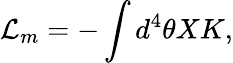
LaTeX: {\cal L}_{m}=-\int d^{4}\theta XK,